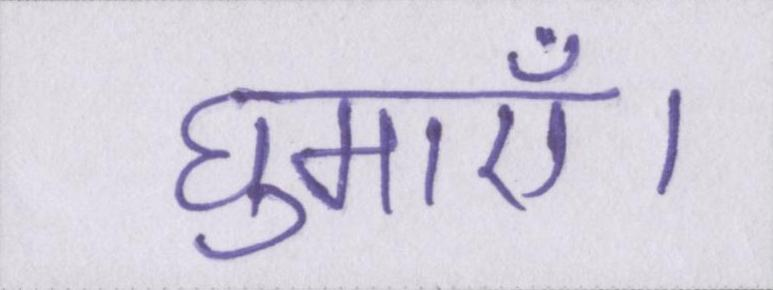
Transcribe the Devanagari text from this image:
घुमाएँ।